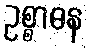
ဥစ္စာဓန